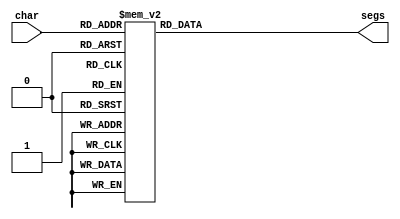
/*
   This file was generated automatically by the Mojo IDE version B1.3.6.
   Do not edit this file directly. Instead edit the original Lucid source.
   This is a temporary file and any changes made to it will be destroyed.
*/

module seven_seg_5 (
    input [3:0] char,
    output reg [6:0] segs
  );
  
  
  
  always @* begin
    
    case (char)
      1'h0: begin
        segs = 7'h3f;
      end
      1'h1: begin
        segs = 7'h06;
      end
      2'h2: begin
        segs = 7'h5b;
      end
      2'h3: begin
        segs = 7'h4f;
      end
      3'h4: begin
        segs = 7'h66;
      end
      3'h5: begin
        segs = 7'h6d;
      end
      3'h6: begin
        segs = 7'h7d;
      end
      3'h7: begin
        segs = 7'h07;
      end
      4'h8: begin
        segs = 7'h7f;
      end
      4'h9: begin
        segs = 7'h67;
      end
      4'ha: begin
        segs = 7'h77;
      end
      4'hb: begin
        segs = 7'h7f;
      end
      4'hc: begin
        segs = 7'h39;
      end
      4'hd: begin
        segs = 7'h6d;
      end
      4'he: begin
        segs = 7'h40;
      end
      4'hf: begin
        segs = 7'h79;
      end
      default: begin
        segs = 7'h00;
      end
    endcase
  end
endmodule